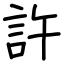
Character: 許